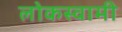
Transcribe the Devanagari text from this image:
लोकस्वामी